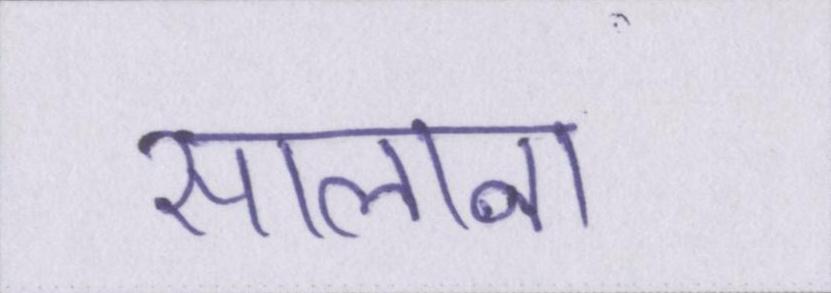
सालाना